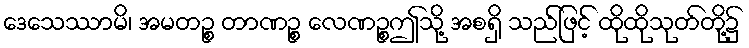
ဒေသေဿာမိ၊ အမတဉ္စ တာဏဉ္စ လေဏဉ္စဤသို့ အစရှိ သည်ဖြင့် ထိုထိုသုတ်တို့၌